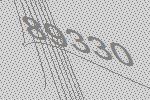
89330